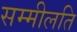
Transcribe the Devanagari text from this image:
सम्मीलति